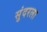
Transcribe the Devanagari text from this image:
सुंदरला